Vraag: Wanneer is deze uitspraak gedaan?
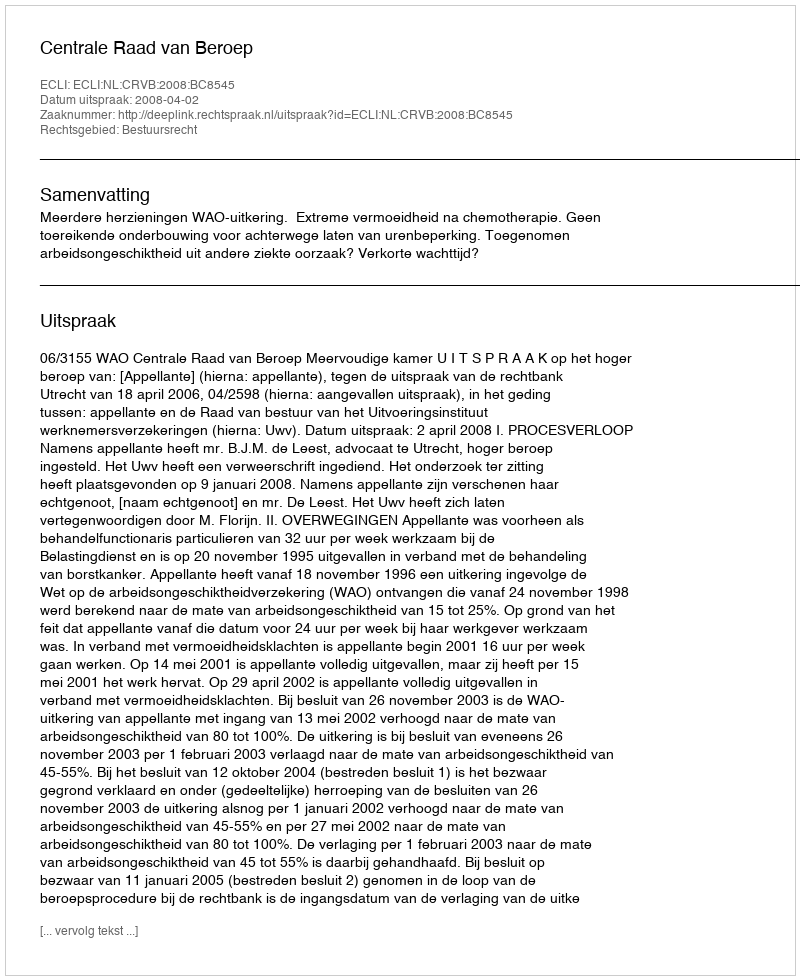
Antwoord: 2008-04-02